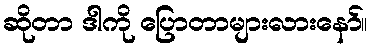
ဆိုတာ ဒါကို ပြောတာများလားနော်။